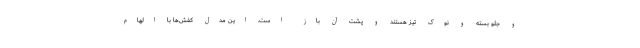
و جلو بسته و نوک تیز هستند و پشت آن باز است. این مدل کفش‌ها با الهام